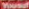
Yousuf